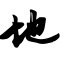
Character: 地